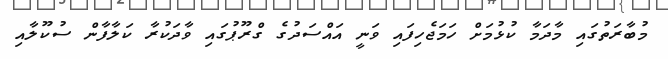
މުބާރަތުގައި މާދަމާ ކުޅުމަށް ހަމަޖެހިފައި ވަނީ އައްސަދުގެ ގްރޫޕުގައި ވާދަކުރާ ކަލާފާން ސުކޫލާއި